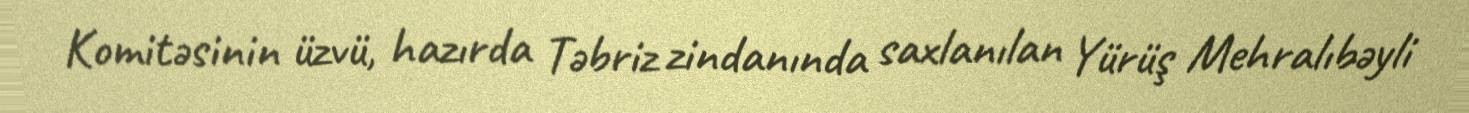
Komitəsinin üzvü, hazırda Təbriz zindanında saxlanılan Yürüş Mehralıbəyli